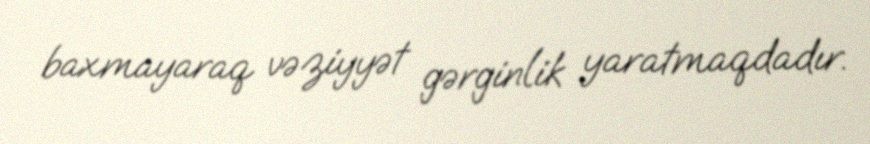
baxmayaraq vəziyyət gərginlik yaratmaqdadır.